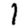
Digit: 1